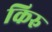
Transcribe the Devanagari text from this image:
किरु